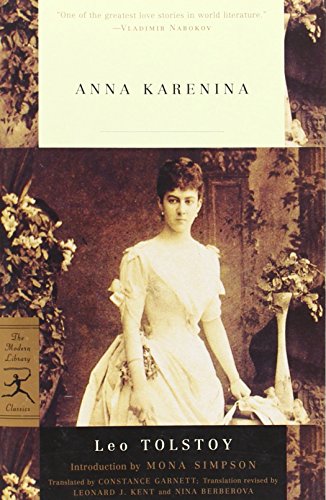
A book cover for Anna Karenina (Modern Library Classics); Leo Tolstoy; Literature & Fiction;